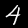
Label: 4